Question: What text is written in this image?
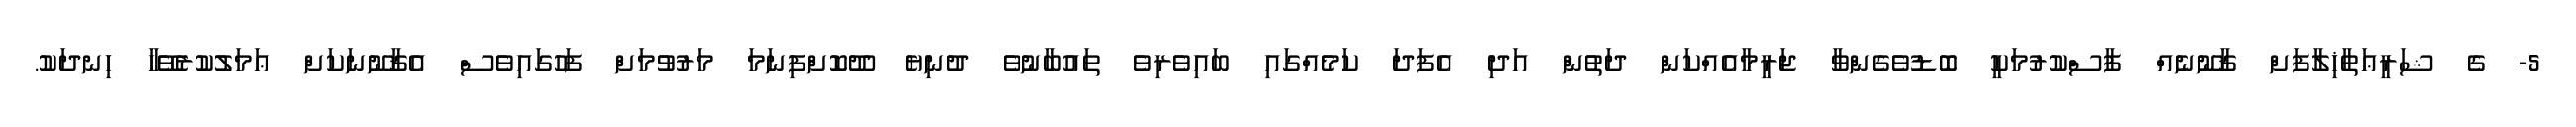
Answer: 5- ގެ ޝަރީޢަތާޚިލާފަށް ޤާނޫނެއް ފާސްކުރުމަކީ ބޮޑުވެގެންވާ ޖަރީމާއެއްކަން ދަތުން އަދި އެފަދަ ކަމެއްގައި ބައިވެރިވެ ތައުބާނުވެ ދުނިޔެ ދޫކޮށްފިނަމަ މަރުވުމަށް ފަހުގައިވެސް އެޤާނޫނަކަށް ޢަމަލުކުރެވޭހާ ހިނދަކު.